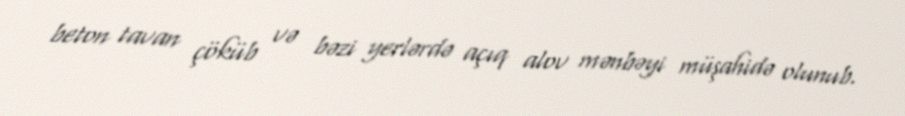
beton tavan çöküb və bəzi yerlərdə açıq alov mənbəyi müşahidə olunub.